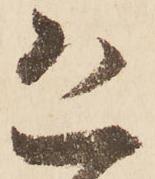
恐